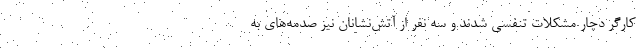
کارگر دچار مشکلات تنفسی شدند و سه نفر از آتش‌نشانان نیز صدمه‌های به